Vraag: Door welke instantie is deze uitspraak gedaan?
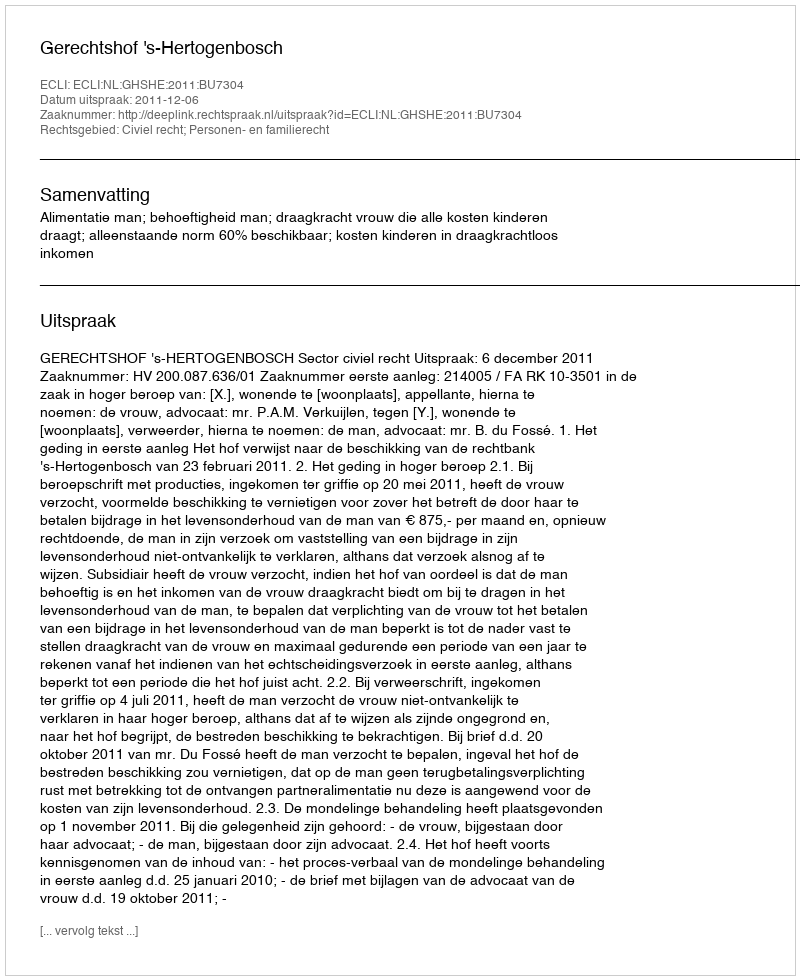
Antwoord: Gerechtshof 's-Hertogenbosch